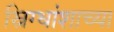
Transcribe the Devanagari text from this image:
स्निग्धांशाच्या